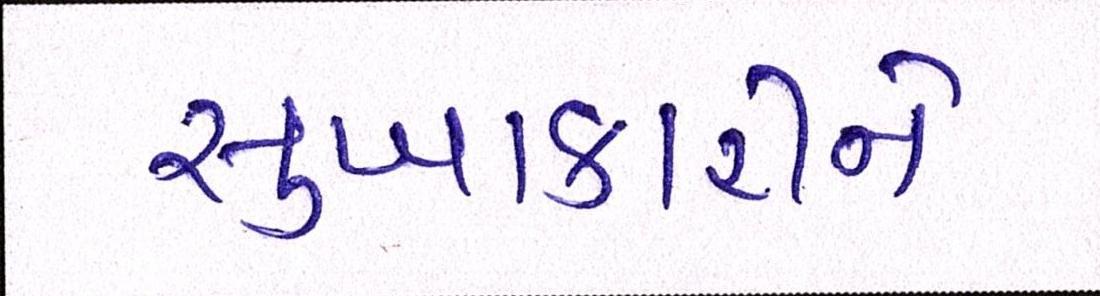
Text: સુખાકારીને